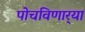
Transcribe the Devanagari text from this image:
पोचविणार्‍या